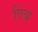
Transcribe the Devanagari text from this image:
टिब